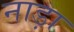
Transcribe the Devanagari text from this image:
नाड़ा